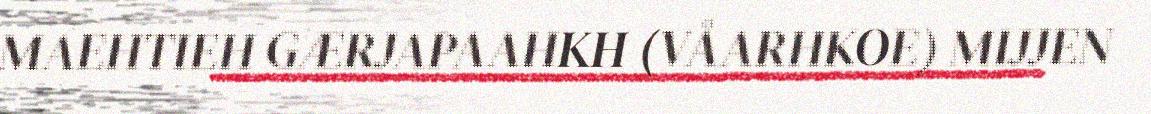
MAEHTIEH GÆRJAPAAHKH (VÅARHKOE) MIJJEN